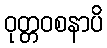
ဝုတ္တဝစနာပိ